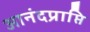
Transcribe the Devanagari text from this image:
आनंदप्राप्ति